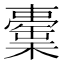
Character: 𣞉